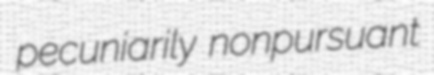
pecuniarily nonpursuant